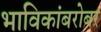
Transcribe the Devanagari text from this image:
भाविकांबरोबर